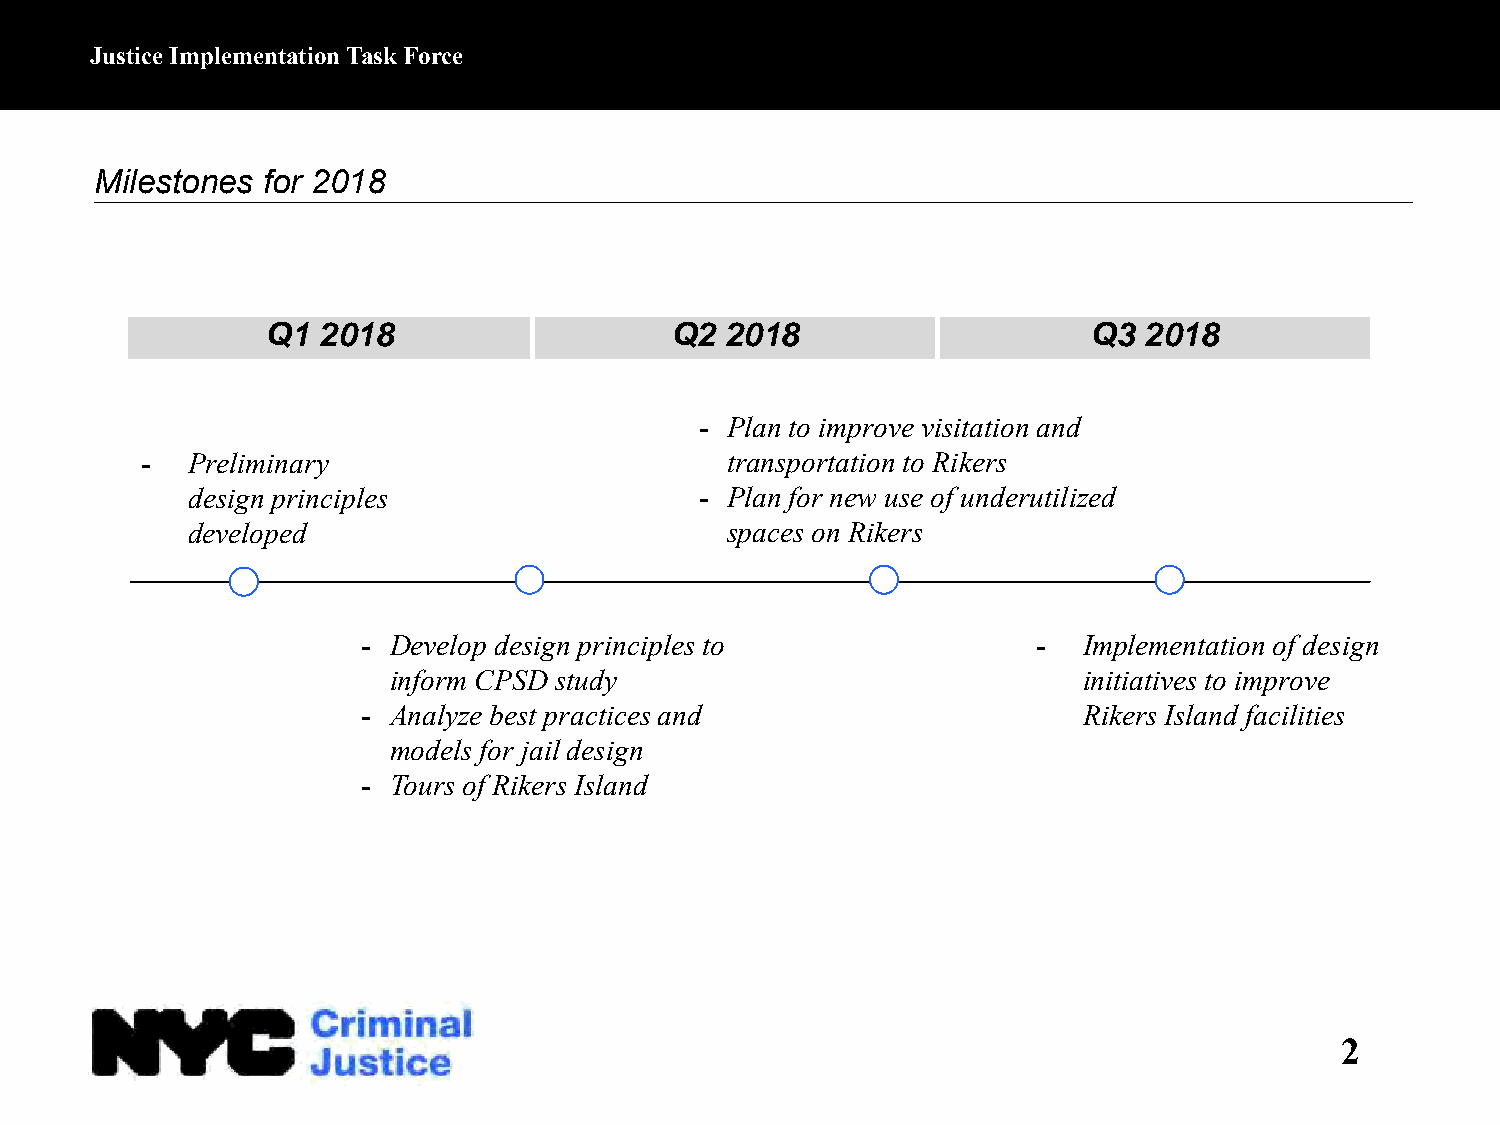
Justice Implementation Task Force
 Milestones for 2018
 Q1 2018                   Q2  2018                    Q3  2018
 - Plan to improve visitation and
 -  Preliminary                         transportation to Rikers
 design principles                 - Plan for new use of underutilized
 developed                           spaces on Rikers
 - Develop design principles to               -  Implementation of design
 inform CPSD study                             initiatives to improve
 - Analyze best practices and                    Rikers Island facilities
 models for jail design
 - Tours of Rikers Island
 2